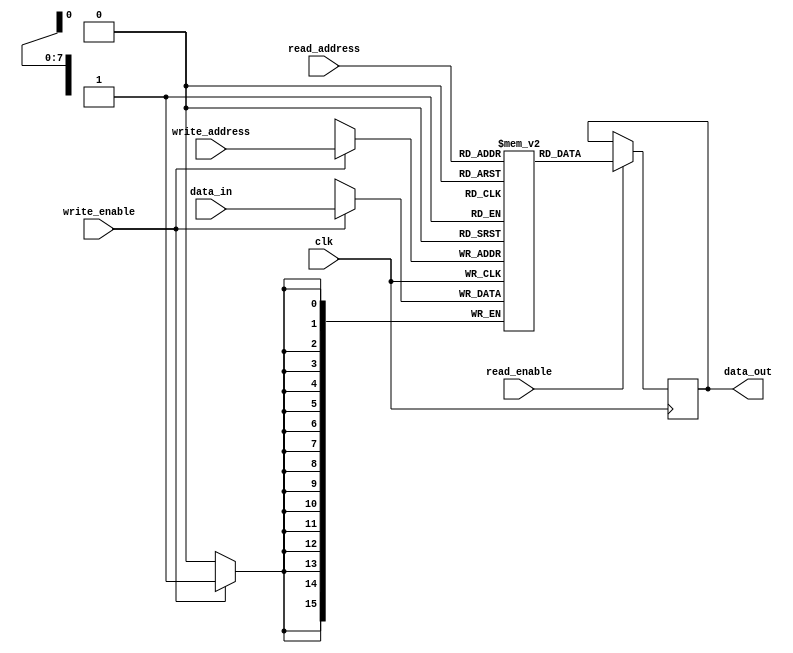
module MemoryBlock(
    input wire clk,
    
    // Data input and output
    input wire [DATA_WIDTH-1:0] data_in,
    output reg [DATA_WIDTH-1:0] data_out,
    
    // Control signals
    input wire read_enable,
    input wire write_enable,
    
    // Address signals
    input wire [ADDR_WIDTH-1:0] read_address,
    input wire [ADDR_WIDTH-1:0] write_address
);

parameter ADDR_WIDTH = 8; // Address width for the register file
parameter DATA_WIDTH = 16; // Data width for each register

reg [DATA_WIDTH-1:0] registers [0:(1 << ADDR_WIDTH)-1]; // Declare register file

// Read operation
always @(posedge clk) begin
    if(read_enable) begin
        data_out <= registers[read_address];
    end
end

// Write operation
always @(posedge clk) begin
    if(write_enable) begin
        registers[write_address] <= data_in;
    end
end

endmodule